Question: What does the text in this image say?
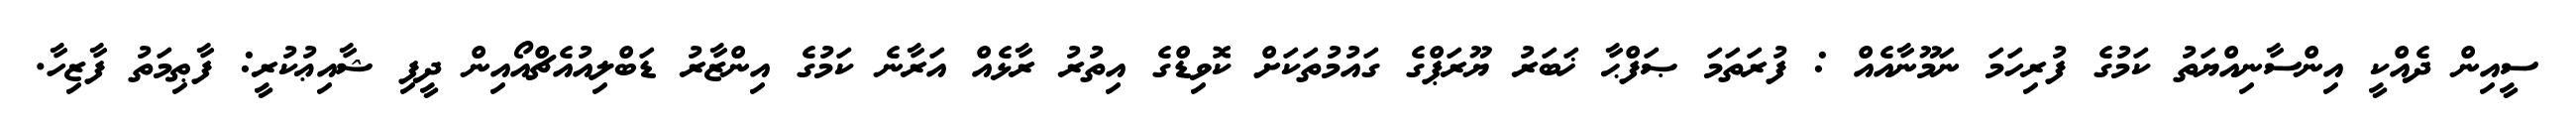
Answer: ސީއިން ދެއްކީ އިންސާނިއްޔަތު ކަމުގެ ފުރިހަމަ ނަމޫނާއެއް : ފުރަތަމަ ޞަފްޙާ ޚަބަރު ޔޫރަޕްގެ ގައުމުތަކަށް ކޮވިޑްގެ އިތުރު ރާޅެއް އަރާނެ ކަމުގެ އިންޒާރު ޑަބްލިއުއެޗްއޯއިން ދީފި ޝާއިޢުކުރީ: ފާޠިމަތު ފާޒިހާ.